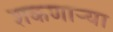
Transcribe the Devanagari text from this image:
शकणार्‍या